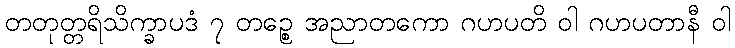
တတုတ္တရိသိက္ခာပဒံ ၇ တဉ္စေ အညာတကော ဂဟပတိ ဝါ ဂဟပတာနီ ဝါ